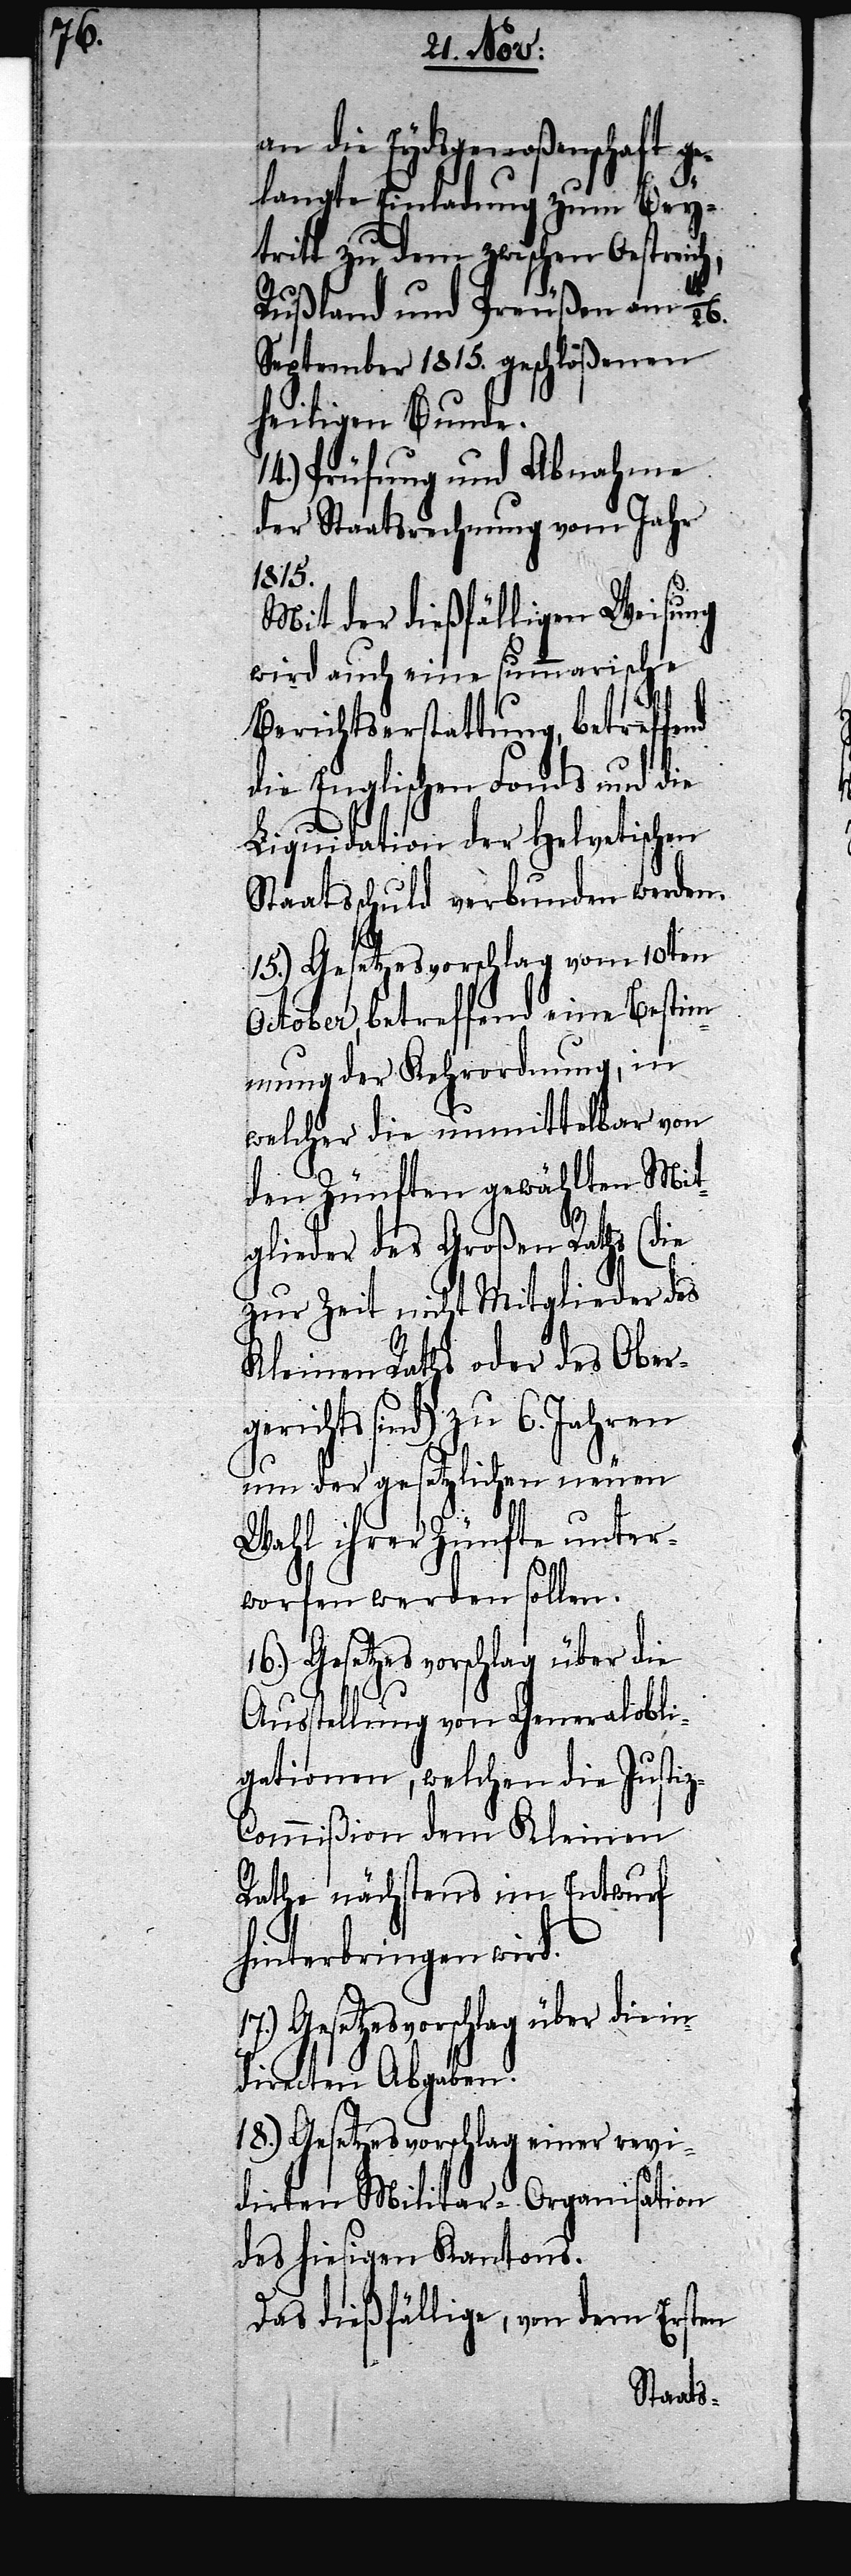
26.

an die Eydsgenoßenschaft ge¬
langte Einladung zum Bey¬
tritt zu dem zwischen Oestreich,
Rußland und Preußen am 14./
heiligen Bunde.
14.) Prüfung und Abnahme
der Staatsrechnung vom Jahr
1815.
Mit der dießfälligen Weisung
wird auch eine summarische
Berichterstattung, betreffend
die Englischen Fonds und die
Liquidation der Helvetischen
Staatsschuld verbunden werden.
15.) Gesetzesvorschlag vom 10ten
October, betreffend eine Bestim¬
mung der Kehrordnung, in
welcher die unmittelbar von
den Zünften gewählten Mit¬
glieder des Großen Raths (die
zur Zeit nicht Mitglieder des
Kleinen Raths oder des Ober¬
gerichts sind) zu 6. Jahren
um der gesetzlichen neuen
Wahl ihrer Zünfte unter¬
worfen werden sollen.
16.) Gesetzesvorschlag über die
Ausstellung von Generalobli¬
gationen, welchen die Justi¬
z-Commißion dem Kleinen
Rathe nächstens im Entwurf
hinterbringen wird.
17.) Gesetzesvorschlag über die in¬
directen Abgaben.
18.) Gesetzesvorschlag einer revi¬
dirten Militar-Organisation
des hiesigen Kantons.
Das dießfällige, von dem Ersten